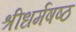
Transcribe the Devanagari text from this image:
श्रीधर्मषष्ठ